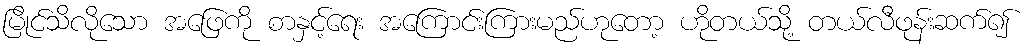
မြိုင်သိလိုသော အဖြေကို စာနှင့်ရေး အကြောင်းကြားမည်ဟုတော့ ဟိုတယ်သို့ တယ်လီဖုန်းဆက်၍